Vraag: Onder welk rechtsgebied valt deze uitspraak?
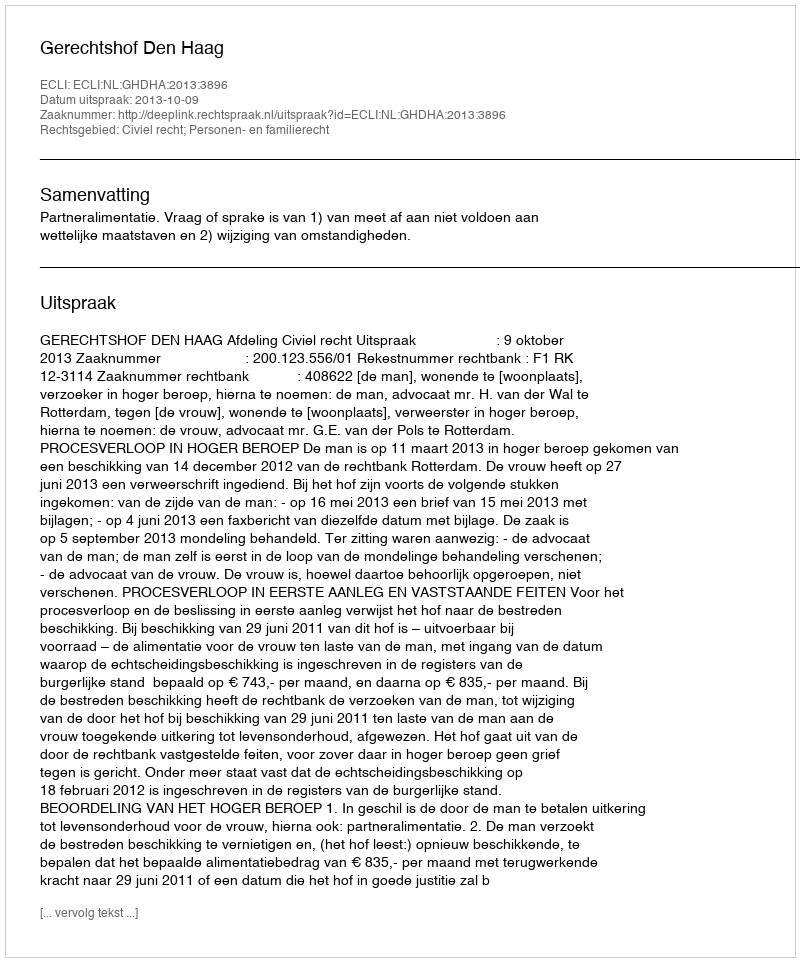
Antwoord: Civiel recht; Personen- en familierecht